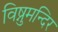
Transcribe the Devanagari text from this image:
विष्नुमन्दिर